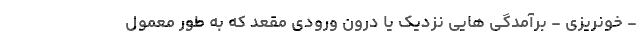
- خونریزی - برآمدگی هایی نزدیک یا درون ورودی مقعد که به طور معمول